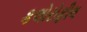
કલોરોફીલ